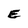
Character: E